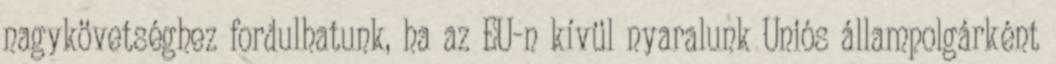
nagykövetséghez fordulhatunk, ha az EU-n kívül nyaralunk Uniós állampolgárként